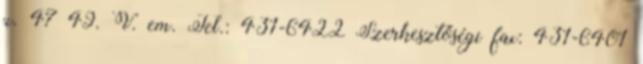
u. 47–49. V. em. Tel.: 431-6422 Szerkesztőségi fax: 431-6401